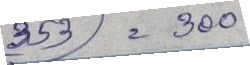
353 = 300